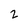
Character: 2